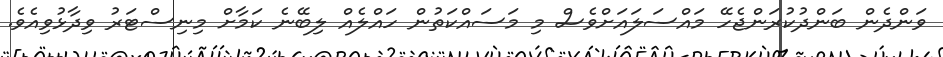
ވަންދެން ބަންދުކުރަންޖެހޭ މައްސަލައަށްވެސް މި މަސައްކަތުން ހައްލެއް ލިބޭނެ ކަމާށް މިނިސްޓަރު ވިދާޅުވިއެވެ.